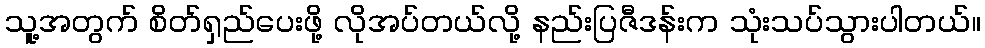
သူ့အတွက် စိတ်ရှည်ပေးဖို့ လိုအပ်တယ်လို့ နည်းပြဇီဒန်းက သုံးသပ်သွားပါတယ်။